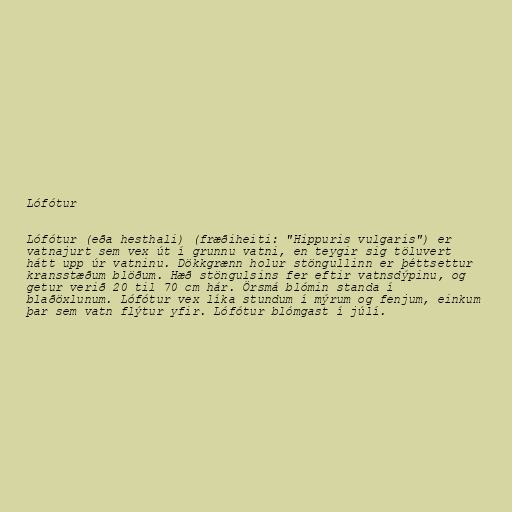
Lófótur

Lófótur (eða hesthali) (fræðiheiti: "Hippuris vulgaris") er
vatnajurt sem vex út í grunnu vatni, en teygir sig töluvert
hátt upp úr vatninu. Dökkgrænn holur stöngullinn er þéttsettur
kransstæðum blöðum. Hæð stöngulsins fer eftir vatnsdýpinu, og
getur verið 20 til 70 cm hár. Örsmá blómin standa í
blaðöxlunum. Lófótur vex líka stundum í mýrum og fenjum, einkum
þar sem vatn flýtur yfir. Lófótur blómgast í júlí.